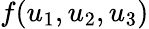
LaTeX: f(u_{1},u_{2},u_{3})